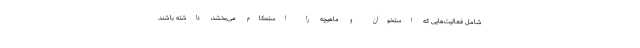
شامل فعالیت‌هایی که استخوان و ماهیچه را استحکام می‌بخشد، داشته باشند.